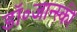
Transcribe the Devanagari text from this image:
डॉ॰जान्स्की